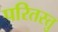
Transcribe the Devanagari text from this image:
परितस्तु